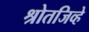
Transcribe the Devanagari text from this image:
श्रोतजिव्हे